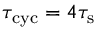
\tau _ { \mathrm { c y c } } = 4 \tau _ { \mathrm { s } }